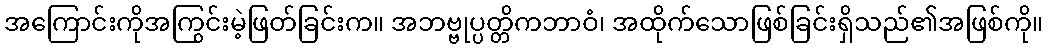
အကြောင်းကိုအကြွင်းမဲ့ဖြတ်ခြင်းက။ အဘဗ္ဗုပ္ပတ္တိကဘာဝံ၊ အထိုက်သောဖြစ်ခြင်းရှိသည်၏အဖြစ်ကို။